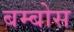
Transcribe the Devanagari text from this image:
बम्बोस